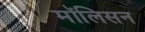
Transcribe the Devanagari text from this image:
मॉलिसन